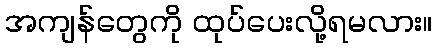
အကျန်တွေကို ထုပ်ပေးလို့ရမလား။